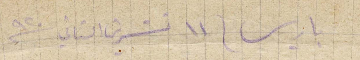
باريس ١١ تشرين الثاني ١٩٢٠